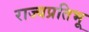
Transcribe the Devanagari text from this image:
राज्यप्रतिभू